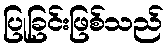
ပြုခြင်းဖြစ်သည်